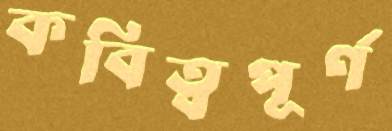
কবিত্বপূর্ণ